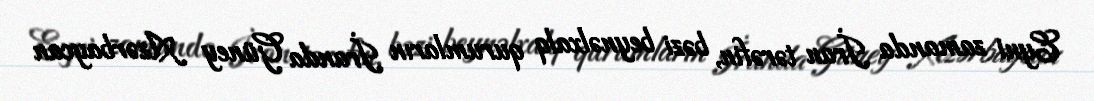
Eyni zamanda İran tərəfin, bəzi beynəlxalq qurumların İranda Güney Azərbaycan